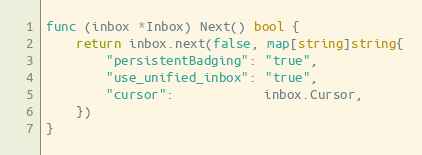
Language: Go
func (inbox *Inbox) Next() bool {
	return inbox.next(false, map[string]string{
		"persistentBadging": "true",
		"use_unified_inbox": "true",
		"cursor":            inbox.Cursor,
	})
}